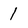
Character: 1